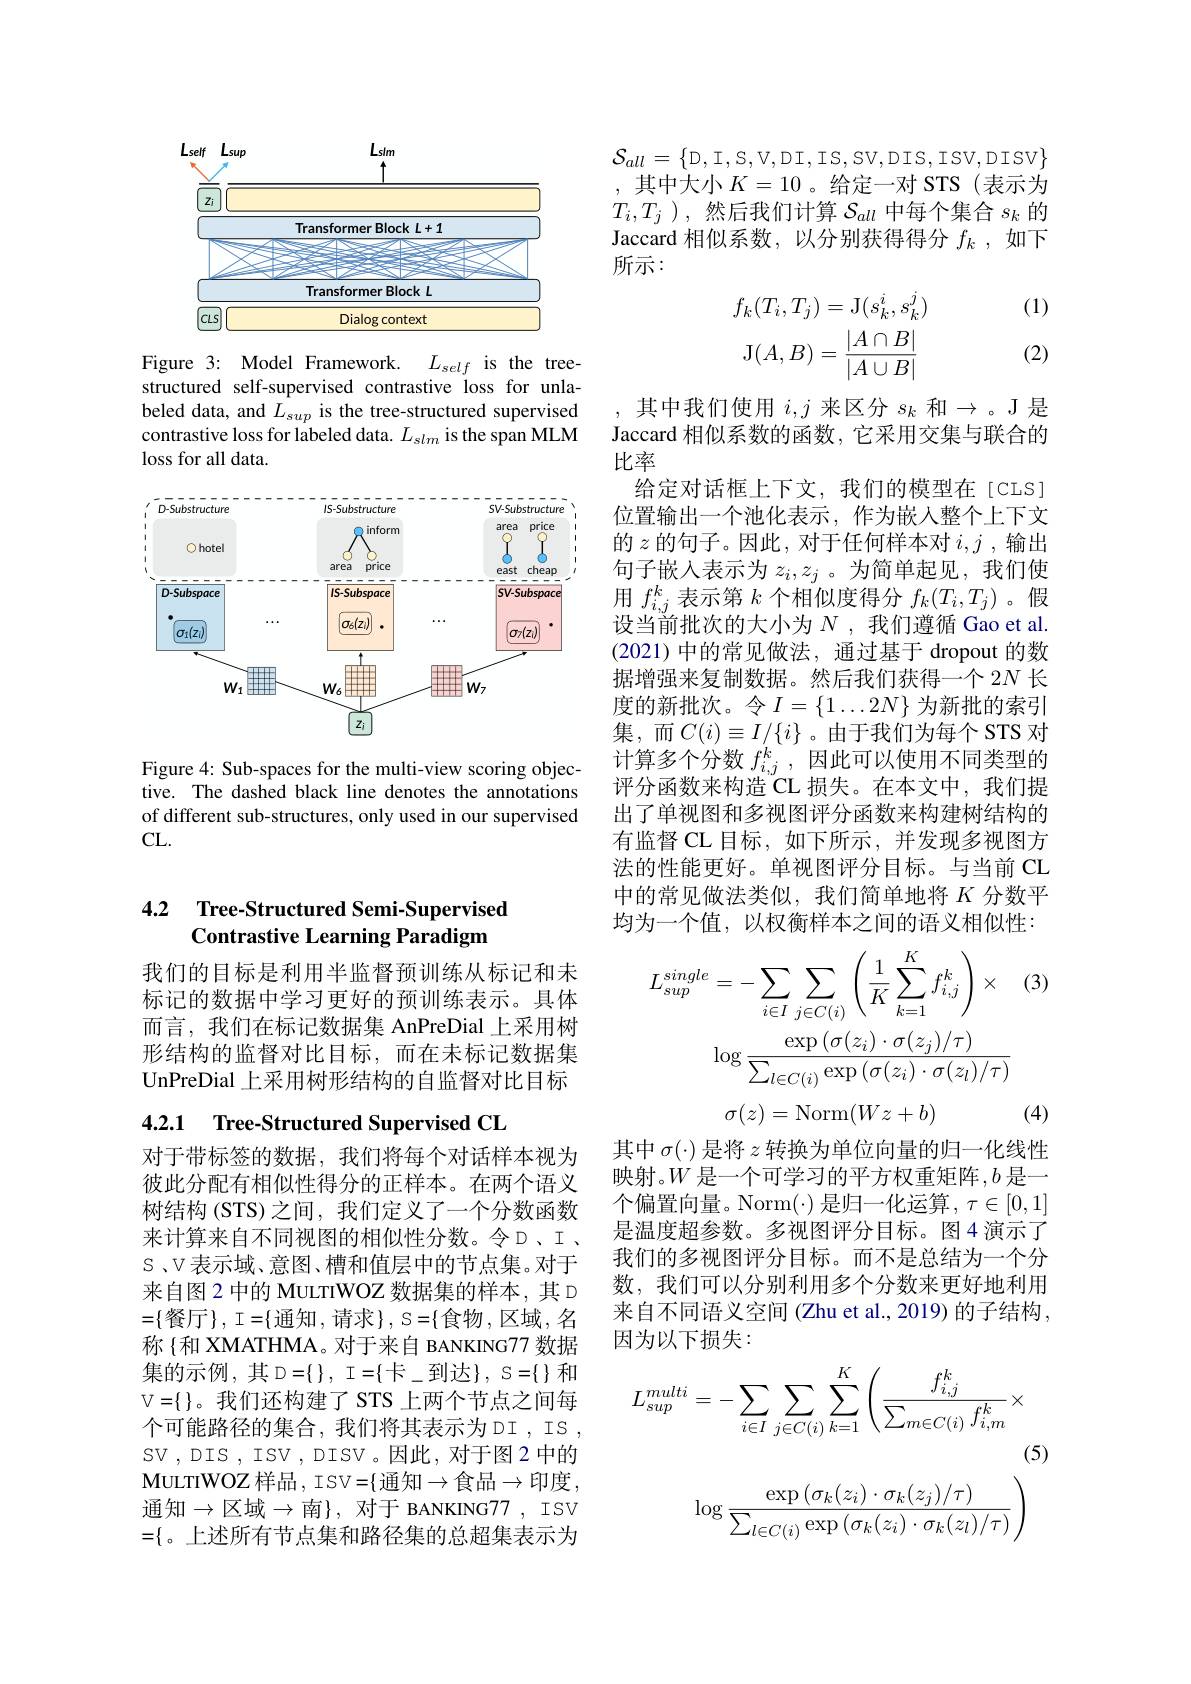
<FigureHere>

Figure 3: Model Framework.
$L_{self}$is the tree-
structured self-supervised contrastive loss for unlabeled data, and $L_sup$ is the tree-structured supervised contrastive loss for labeled data. $L_{slm}$ is the span MLM $\operatorname{loss}$for all data.

<FigureHere>

Figure 4: Sub-spaces for the multi-view scoring objective. The dashed black line denotes the annotations of different sub-structures, only used in our supervised CL.

### 4.2 Tree-Structured Semi-Supervised Contrastive Learning Paradigm

我们的目标是利用半监督预训练从标记和未标记的数据中学习更好的预训练表示。具体而言，我们在标记数据集 AnPreDial 上采用树形结构的监督对比目标，而在未标记数据集UnPreDial 上采用树形结构的自监督对比目标

4.2.1 Tree-Structured Supervised CL

对于带标签的数据，我们将每个对话样本视为彼此分配有相似性得分的正样本。在两个语义树结构(STS)之间，我们定义了一个分数函数来计算来自不同视图的相似性分数。令D、I、 S、V表示域、意图、槽和值层中的节点集。对于来自图 2 中的 MuLTIWOZ 数据集的样本，其 D $=\{$餐厅$\}$, I$=\{$通知，请求$\}$, S$=\{$食物，区域，名称{和 XMATHMA。对于来自 BANKING77 数据集的示例，其D=$\{\},I=\{卡_到达\},S=\{\}和$ $V=\{\}$。我们还构建了 STS 上两个节点之间每个可能路径的集合，我们将其表示为DI，IS , SV , DIS , ISV , DISV 。因此，对于图 2 中的MULTIWOZ 样 品 , ISV= $\{$ 通 知 $\to$食 品 $\to$印 度 , 通知$\to$区域$\to$南$\}$, 对于 BANKING77, ISV $=\{$。上述所有节点集和路径集的总超集表示为

$\mathcal{S}_{all}=\{$D,I,S,V,DI,IS,SV,DI$S$,IS,DI$S$,DI$S$,DI$S$,DI$S$,DI$S$,DI$SV$,DI$SV\}$
其中大小$K=10$。给定一对 STS(表示为$T_{i},T_{j}$ ),然后我们计算$\mathcal{S}_all$中每个集合$s_k$的Jaccard 相似系数，以分别获得得分$f_k$ ,如下所示：

(1)
$$\begin{aligned}f_k(T_i,T_j)&=\mathrm{J}(s_k^i,s_k^j)\\\mathrm{J}(A,B)&=\frac{|A\cap B|}{|A\cup B|}\end{aligned}$$
(2)

,其中我们使用$i,j$来区分$s_k$和$\to$。J 是Jaccard 相似系数的函数，它采用交集与联合的比率
给定对话框上下文，我们的模型在[CLS] 位置输出一个池化表示，作为嵌人整个上下文的$z$的句子。因此，对于任何样本对$i,j$ ,输出句子嵌入表示为$z_i,z_j$ 。为简单起见，我们使用$f_{i,j}^k$表示第$k$个相似度得分$f_k(T_i,T_j)$ 。假设当前批次的大小为$N$ ,我们遵循 Gao et al. (2021)中的常见做法，通过基于 dropout 的数据增强来复制数据。然后我们获得一个 2N 长度的新批次。令$I=\{1\ldots2N\}$ 为新批的索引集，而$C(i)\equiv I/\{i\}$。由于我们为每个 STS 对计算多个分数$f_i,j^k$ ,因此可以使用不同类型的评分函数来构造 CL 损失。在本文中，我们提出了单视图和多视图评分函数来构建树结构的有监督 CL 目标，如下所示，并发现多视图方法的性能更好。单视图评分目标。与当前 CL 中的常见做法类似，我们简单地将$K$分数平均为一个值，以权衡样本之间的语义相似性：
$$L_{sup}^{single}=-\sum_{i\in I}\sum_{j\in C(i)}\left(\frac{1}{K}\sum_{k=1}^{K}f_{i,j}^{k}\right)\times\quad(3)\\\log\frac{\exp\left(\sigma(z_{i})\cdot\sigma(z_{j})/\tau\right)}{\sum_{l\in C(i)}\exp\left(\sigma(z_{i})\cdot\sigma(z_{l})/\tau\right)}$$
$$\sigma(z)=\text{Norm}(Wz+b)$$
(4)

其中$\sigma(\cdot)$是将$z$转换为单位向量的归一化线性映射。$W$ 是一个可学习的平方权重矩阵$,b$ 是一个偏置向量。Norm($\cdot) 是归一化运算，\tau\in[0,1]$ 是温度超参数。多视图评分目标。图4演示了我们的多视图评分目标。而不是总结为一个分数，我们可以分别利用多个分数来更好地利用来自不同语义空间 (Zhu et al., 2019) 的子结构， 因为以下损失：
$$\begin{aligned}L_{sup}^{multi}&=-\sum_{i\in I}\sum_{j\in C(i)}\sum_{k=1}^{K}\left(\frac{f_{i,j}^{k}}{\sum_{m\in C(i)}f_{i,m}^{k}}\times\right.\\&\text{(5)}\\&\log\frac{\exp\left(\sigma_{k}(z_{i})\cdot\sigma_{k}(z_{j})/\tau\right)}{\sum_{l\in C(i)}\exp\left(\sigma_{k}(z_{i})\cdot\sigma_{k}(z_{l})/\tau\right)}\end{aligned}$$